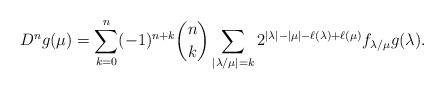
LaTeX: \begin{align*}D^ng(\mu)=\sum_{k=0}^n(-1)^{n+k}\binom{n}{k}\sum_{|\lambda/\mu|=k}2^{|\lambda|-|\mu|-\ell(\lambda)+\ell(\mu)}f_{\lambda/\mu}g(\lambda).\end{align*}